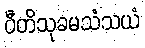
ပီတိသုခမသံသယံ